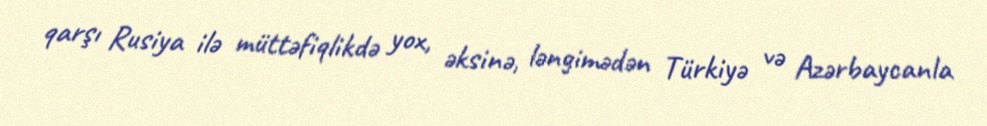
qarşı Rusiya ilə müttəfiqlikdə yox, əksinə, ləngimədən Türkiyə və Azərbaycanla